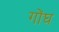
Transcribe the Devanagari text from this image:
गोंघ